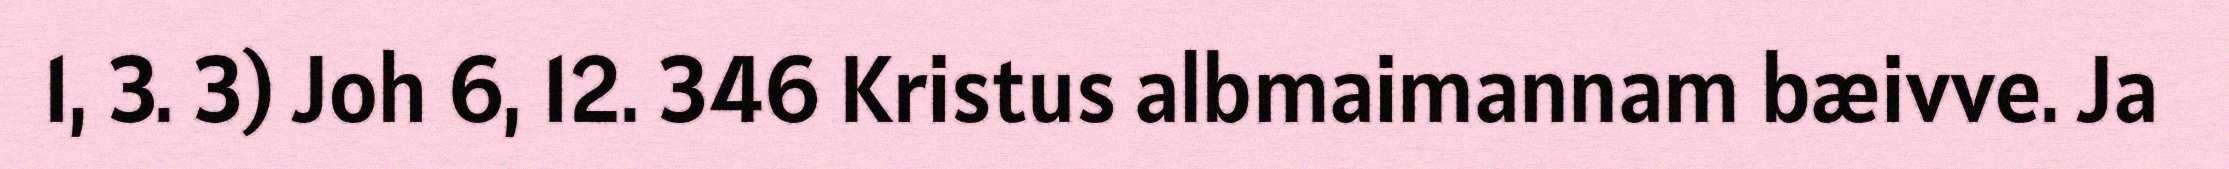
1, 3. 3) Joh 6, 12. 346 Kristus albmaimannam bæivve. Ja